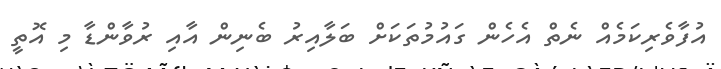
އުފާވެރިކަމެއް ނެތް އެހެން ގައުމުތަކަށް ބަލާއިރު ބެނިން އާއި ރުވާންޑާ މި އޮތީ